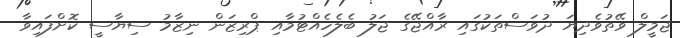
ޖަމީލް ވޭތުވެދިޔަ ދުވަސްތަކުގައި ރާއްޖޭގެ ޖަލު ބެލެހެއްޓުމާއި ޕްރިޒަން ނިޒާމު ސިޔާސީ ކޮށްފައިވާ